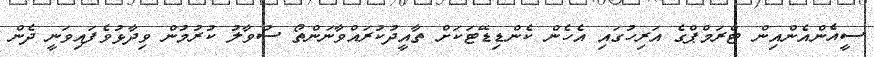
ސީއެންއެންއިން ޓްރަމްޕްގެ އަރިހުގައި އެހެން ކެންޑިޑޭޓަކަށް ތާއީދުކުރައްވާނަންތޯ ސުވާލު ކުރުމުން ވިދާޅުވެފައިވަނީ ދެން